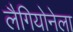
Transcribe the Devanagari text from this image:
लैगियोनेला